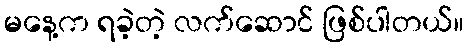
မနေ့က ရခဲ့တဲ့ လက်ဆောင် ဖြစ်ပါတယ်။